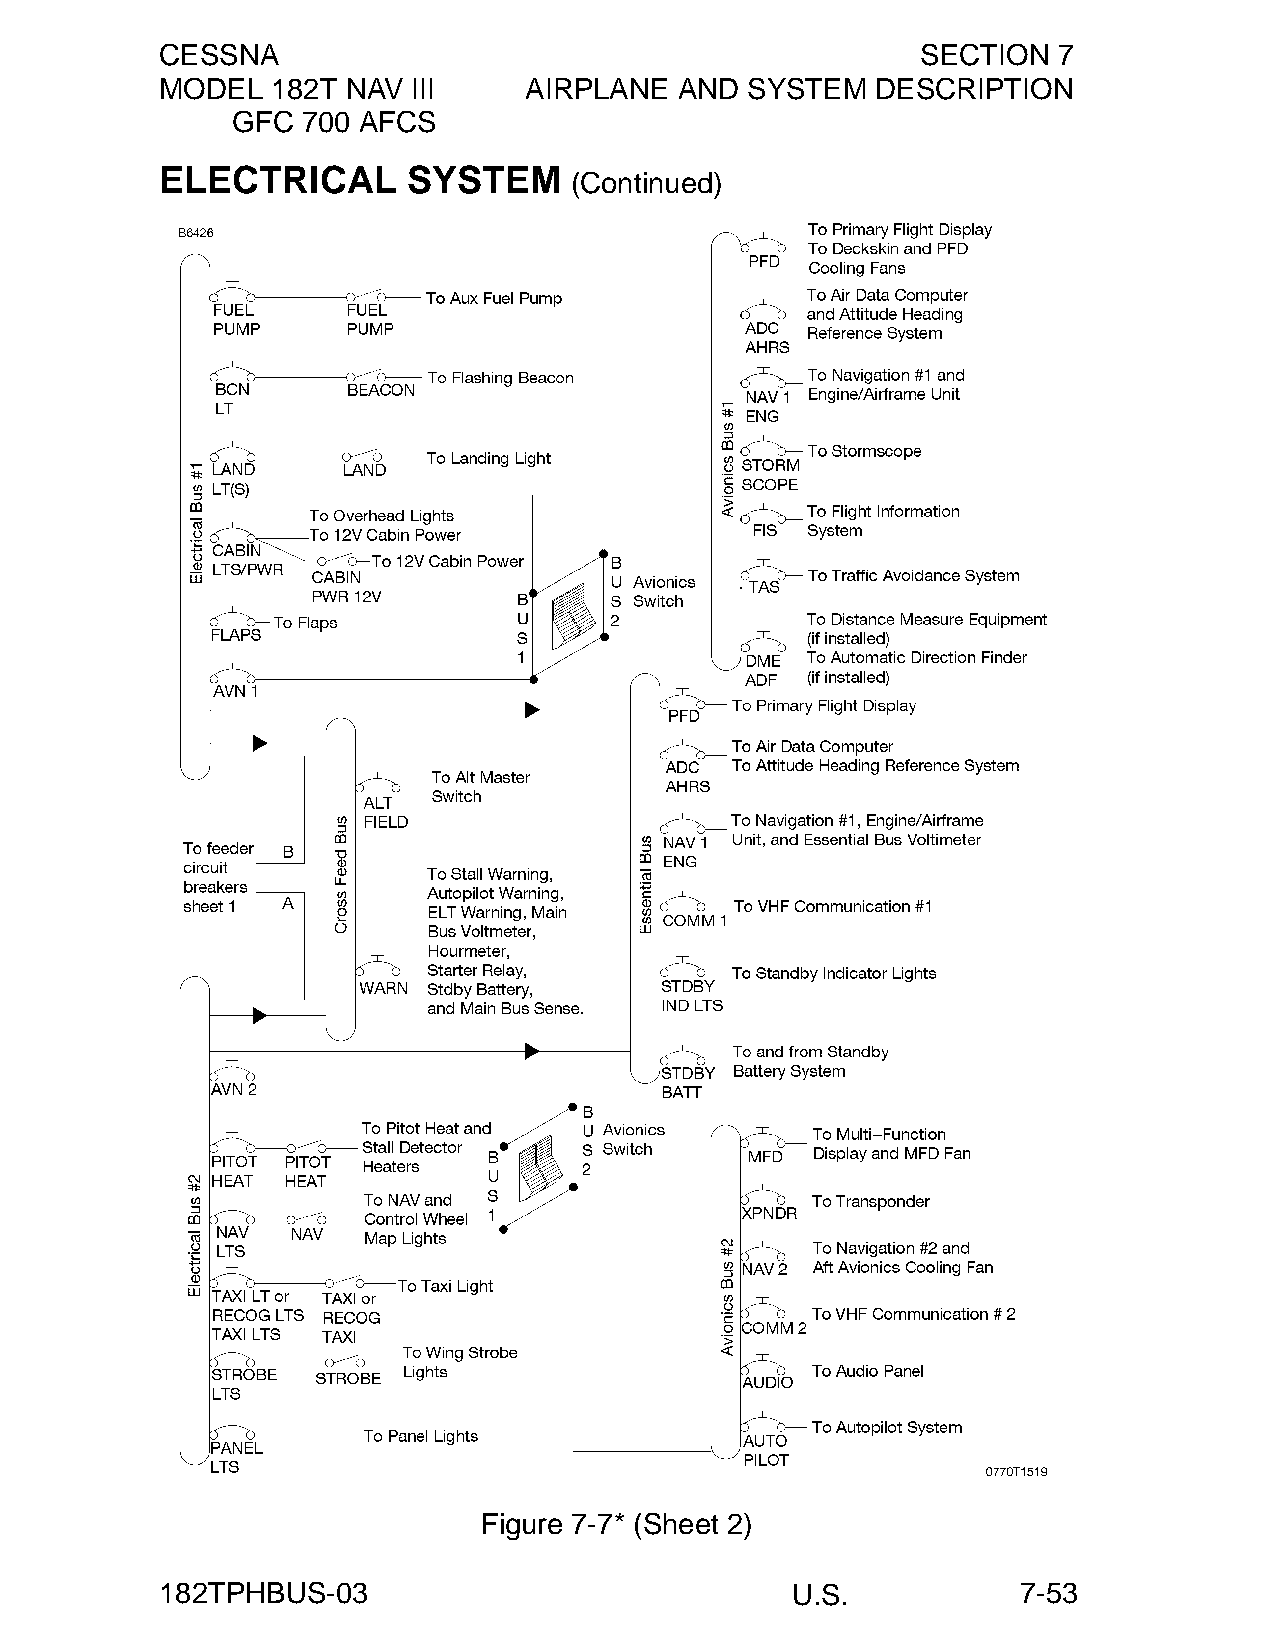
CESSNA                                            SECTION  7
 MODEL  182T NAV III     AIRPLANE  AND SYSTEM   DESCRIPTION
 GFC  700 AFCS
 ELECTRICAL      SYSTEM
 (Continued)
 Figure 7-7* (Sheet 2)
 182TPHBUS-03                             U.S.            7-53